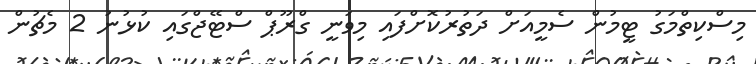
މިސްކިތްމަގު ޓީމުން ސެމީއަށް ދަތުރުކޮށްފައި މިވަނީ ގްރޫޕް ސްޓޭޖްގައި ކުޅުނު 2 މެޗުން